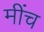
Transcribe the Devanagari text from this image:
मींच